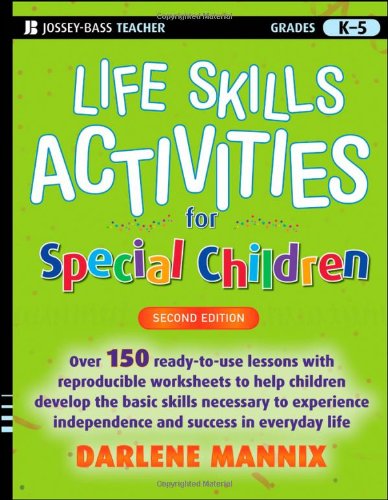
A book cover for Life Skills Activities for Special Children; Darlene Mannix; Education & Teaching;